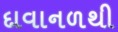
દાવાનળથી